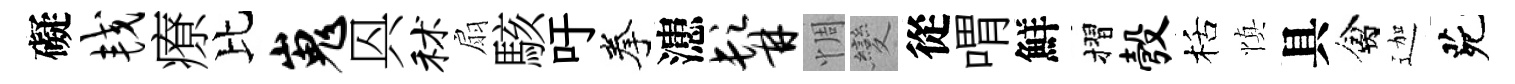
礙较療比嵬㒷秫扇駭吁拳漶髯惆變從喟鮮摺彀栝慎具禽迦茕